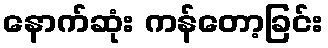
နောက်ဆုံး ကန်တော့ခြင်း